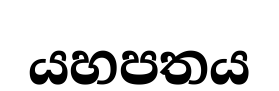
යහපතය